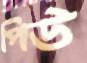
পিউ